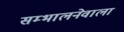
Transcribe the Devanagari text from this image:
सम्भालनेवाला